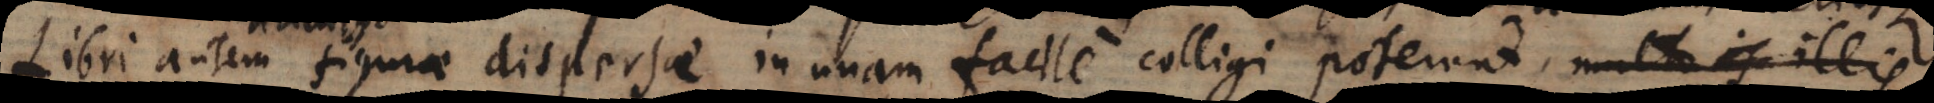
Libri autem figurae dispersae in unam facile colligi poterunt, mult